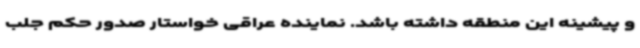
و پیشینه این منطقه داشته باشد. نماینده عراقی خواستار صدور حکم جلب